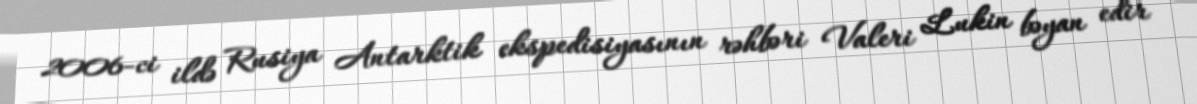
2006-ci ildə Rusiya Antarktik ekspedisiyasının rəhbəri Valeri Lukin bəyan edir